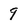
Character: 9